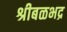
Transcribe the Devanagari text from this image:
श्रीबळभद्र